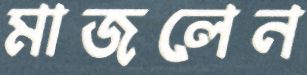
মাজলেন